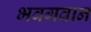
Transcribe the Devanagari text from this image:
भवगवान